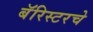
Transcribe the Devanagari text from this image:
बॅरिस्टरचे